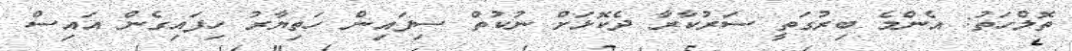
ތޮލްހަތު: އެންމެ ބިރުގަތީ ސަރުކާރާ ދެކޮޅަށް ނުކުތް ސިފައިން ހަތިޔާރު ހިފައިގެން އައިސް